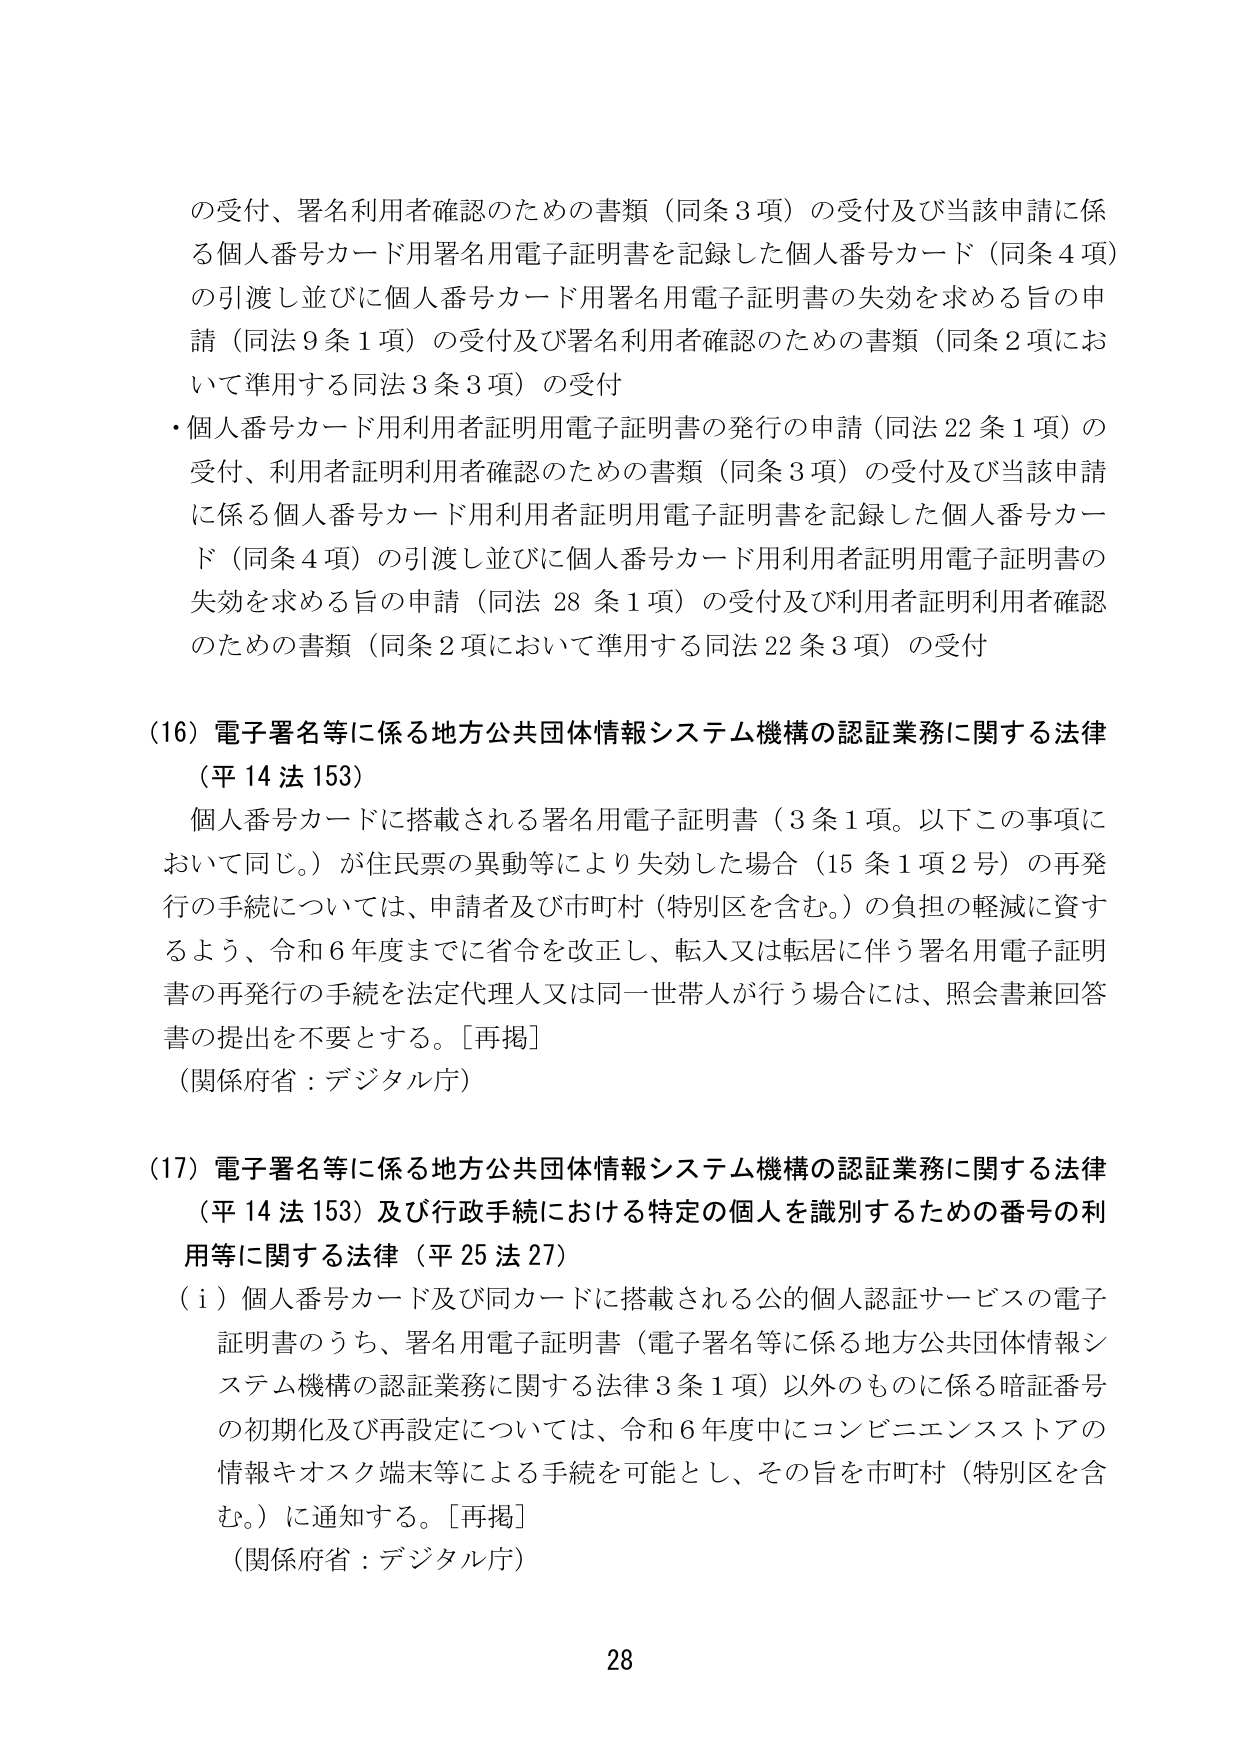
の受付、署名利用者確認のための書類（同条3項）の受付及び当該申請に係る個人番号カード用署名用電子証明書を記録した個人番号カード（同条4項）の引渡し並びに個人番号カード用署名用電子証明書の失効を求める旨の申請（同法9条1項）の受付及び署名利用者確認のための書類（同条2項において準用する同法3条3項）の受付
・個人番号カード用利用者証明用電子証明書の発行の申請（同法22条1項）の受付、利用者証明利用者確認のための書類（同条3項）の受付及び当該申請に係る個人番号カード用利用者証明用電子証明書を記録した個人番号カード（同条4項）の引渡し並びに個人番号カード用利用者証明用電子証明書の失効を求める旨の申請（同法28条1項）の受付及び利用者証明利用者確認のための書類（同条2項において準用する同法22条3項）の受付

（16）電子署名等に係る地方公共団体情報システム機構の認証業務に関する法律（平14法153）
個人番号カードに搭載される署名用電子証明書（3条1項。以下この事項において同じ。）が住民票の異動等により失効した場合（15条1項2号）の再発行の手続については、申請者及び市町村（特別区を含む。）の負担の軽減に資するよう、令和6年度までに省令を改正し、転入又は転居に伴う署名用電子証明書の再発行の手続を法定代理人又は同一世帯人が行う場合には、照会書兼回答書の提出を不要とする。［再掲］
（関係府省：デジタル庁）

（17）電子署名等に係る地方公共団体情報システム機構の認証業務に関する法律（平14法153）及び行政手続における特定の個人を識別するための番号の利用等に関する法律（平25法27）
（i）個人番号カード及び同カードに搭載される公的個人認証サービスの電子証明書のうち、署名用電子証明書（電子署名等に係る地方公共団体情報システム機構の認証業務に関する法律3条1項）以外のものに係る暗証番号の初期化及び再設定については、令和6年度中にコンビニエンスストアの情報キオスク端末等による手続を可能とし、その旨を市町村（特別区を含む。）に通知する。［再掲］
（関係府省：デジタル庁）

28